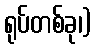
ရုပ်တစ်ခု၊)